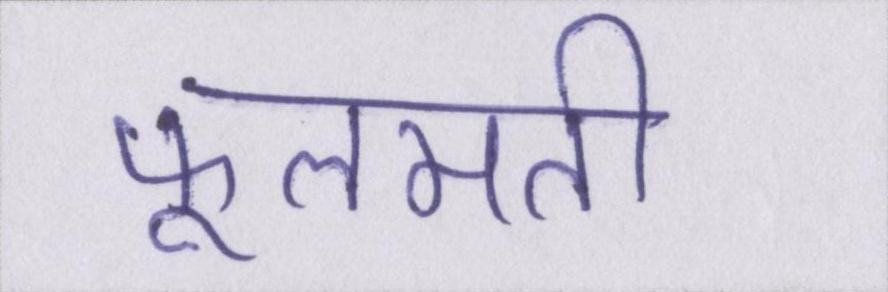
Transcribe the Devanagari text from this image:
फूलमती